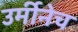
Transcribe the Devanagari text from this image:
उर्मीनेच